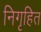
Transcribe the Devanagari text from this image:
निगृहित